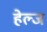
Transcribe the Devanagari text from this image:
हेल्ज